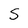
Character: S